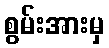
စွမ်းအားမှ